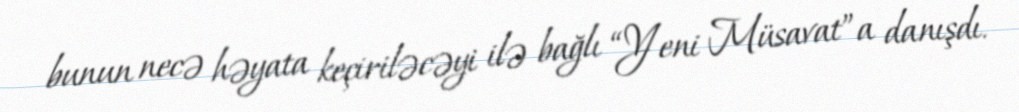
bunun necə həyata keçiriləcəyi ilə bağlı “Yeni Müsavat”a danışdı.